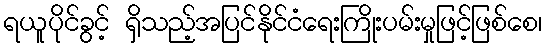
ရယူပိုင်ခွင့် ရှိသည့်အပြင်နိုင်ငံရေးကြိုးပမ်းမှုဖြင့်ဖြစ်စေ၊